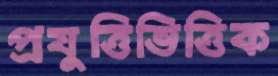
প্রযুত্তিভিত্তিক